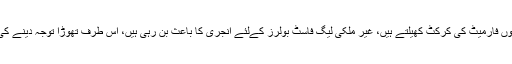
فاسٹ بولرز تینوں فارمیٹ کی کرکٹ کھیلتے ہیں، غیر ملکی لیگ فاسٹ بولرز کےلئے انجری کا باعث بن رہی ہیں، اس طرف تھوڑا توجہ دینے کی ضرورت ہے۔